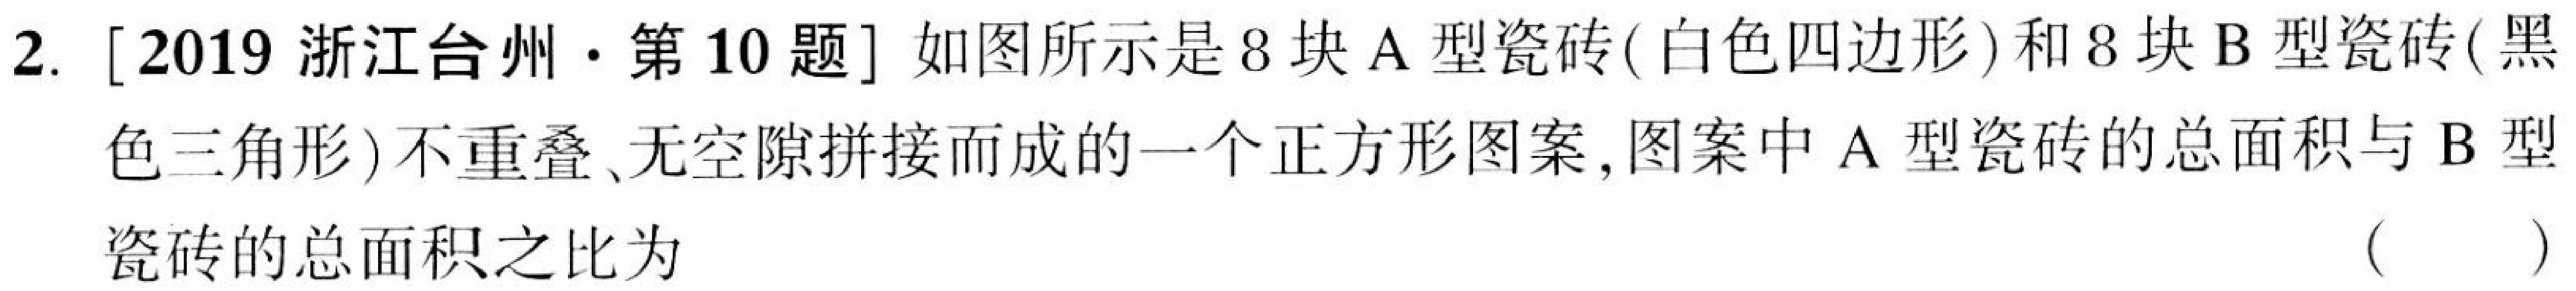
2. [2019浙江台州·第10题] 如图所示是8块\(A\)型瓷砖(白色四边形)和8块\(B\)型瓷砖(黑色三角形)不重叠、无空隙拼接而成的一个正方形图案,图案中\(A\)型瓷砖的总面积与\(B\)型瓷砖的总面积之比为  (  )